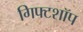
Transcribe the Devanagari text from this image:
गिफ्टशॉप